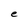
Character: e